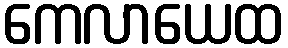
ကေလာယေထ